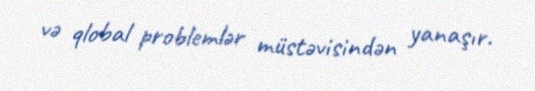
və qlobal problemlər müstəvisindən yanaşır.